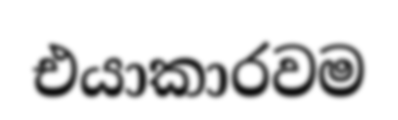
එයාකාරවම